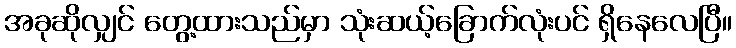
အခုဆိုလျှင် တွေ့ထားသည်မှာ သုံးဆယ့်ခြောက်လုံးပင် ရှိနေလေပြီ။